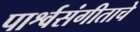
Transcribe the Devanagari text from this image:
पार्श्वसंगीताचे